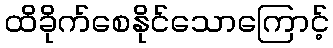
ထိခိုက်စေနိုင်သောကြောင့်